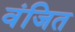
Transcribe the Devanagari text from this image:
वंजित